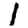
Digit: 1